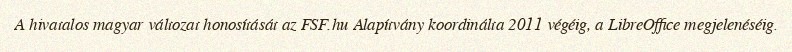
A hivatalos magyar változat honosítását az FSF.hu Alapítvány koordinálta 2011 végéig, a LibreOffice megjelenéséig.